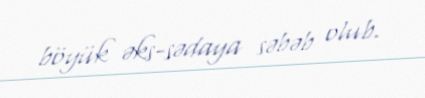
böyük əks-sədaya səbəb olub.